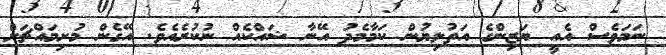
ނަމަވެސް އެއީ ޔަޒިންގެ އަތުލިޔުން ކަމާމެދު އޭނާ ޝައްކެއް ނުކުރެއެވެ. އޭގެން މުށިމައްޗަށް